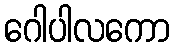
ဂေါပါလကော